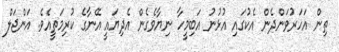
ތިން އަހަރުވަންދެން އެކުގައި އުޅުނު އަބިމީހާ ނިޔާވެގެން އެދިޔައީ އޭނާގެ ކުރިމަތީއެވެ. އަންޖަލް